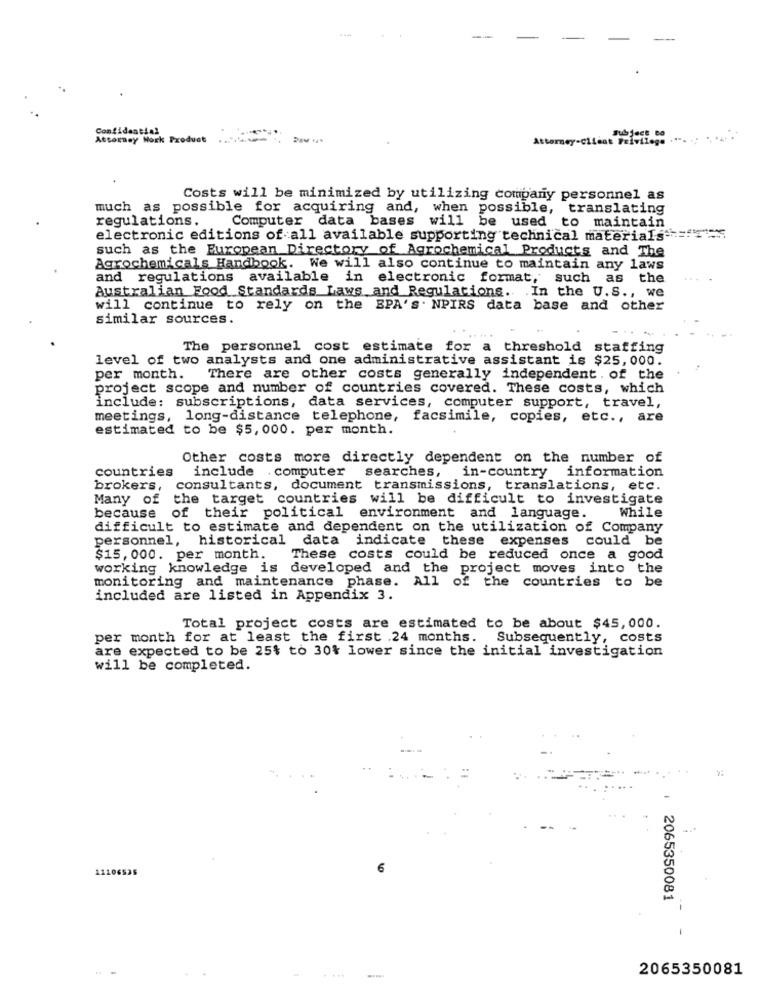
Confidential
Attorney Work Product .......
Attorney-client Privilege
Costs will be minimized by utilizing company personnel as
much as possible for acquiring and, when possible, translating
regulations.
Computer data bases will be used to maintain
electronic editions of all available supporting technical materials == f=".
such as the European Directory of Agrochemical Products and The
Agrochemicals Handbook. We will also continue to maintain any laws
and regulations available in electronic format, such as the
Australian Food Standards Laws and Regulations. In the U.S ., we
will continue to rely on the SPA's. NPIRS data base and other
similar sources.
The personnel cost estimate for a threshold
staffing
level of two analysts and one administrative assistant is $25, 000.
per month. There are other costs generally independent . of the
project scope and number of countries covered. These costs, which
include: subscriptions, data services, computer support, travel,
meetings, long-distance telephone, facsimile, copies, etc ., are
estimated to be $5,000. per month.
Other costs more directly dependent on the number of
in-country information
countries
include computer searches,
brokers, consultants, document transmissions, translations, etc.
Many of the target countries will be difficult to investigate
because of their political environment and language. While
difficult to estimate and dependent on the utilization of Company
personnel, historical data indicate these expenses could be
$15,000. per month.
These costs could be reduced once a good
working knowledge is developed and the project moves into the
monitoring and maintenance phase. All of the countries to be
included are listed in Appendix 3.
Total project costs are estimated to be about $45,000.
per month for at least the first .24 months. Subsequently, costs
are expected to be 25% to 30% lower since the initial investigation
will be completed.
11106525
6
2065350081
-
2065350081